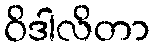
ဝိဒါလိတာ